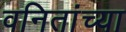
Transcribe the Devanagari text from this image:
वनितांच्या